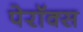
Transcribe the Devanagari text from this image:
पेरॉक्स